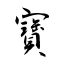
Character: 寶